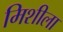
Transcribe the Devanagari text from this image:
मिशीला